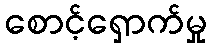
စောင့်ရှောက်မှု